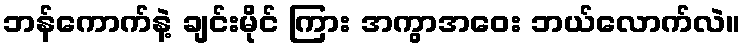
ဘန်ကောက်နဲ့ ချင်းမိုင် ကြား အကွာအဝေး ဘယ်လောက်လဲ။